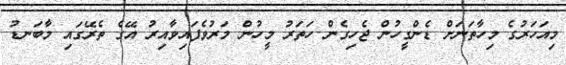
މިއަހަރުގެ މިހާތަނަށް ޑެންގީހުން ޖެހިގެން ހަތަރު މީހުން މަރުވެފައިވާއިރު އޭގެ ތެރޭގައި މާބަނޑު